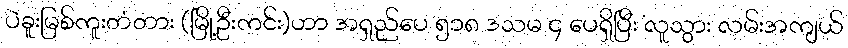
ပဲခူးမြစ်ကူးတံတား (မြို့ဦးကင်း)ဟာ အရှည်ပေ ၅၁၈ ဒသမ ၄ ပေရှိပြီး လူသွား လမ်းအကျယ်